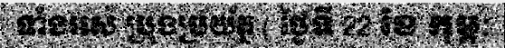
ទាំងអស់ ប្រុងប្រយ័ត្ន ( ថ្ងៃទី 22 ខែ កុម្ភៈ